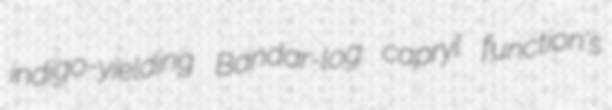
indigo-yielding Bandar-log capryl function's